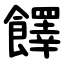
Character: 䭞